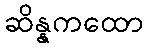
ဆိန္နကထော